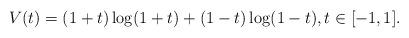
LaTeX: \begin{align*} V(t) = (1+t) \log(1+t) + (1-t) \log(1-t), t \in [-1,1]. \end{align*}